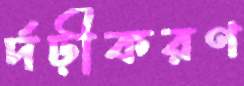
র্দঢ়ীকরণ